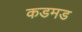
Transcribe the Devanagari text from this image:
कडमड